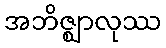
အဘိဇ္ဈာလုဿ